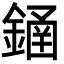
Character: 䥁